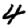
Digit: 4